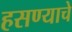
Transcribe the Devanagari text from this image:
हसण्याचे